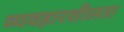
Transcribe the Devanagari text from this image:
व्यवहारशीलता